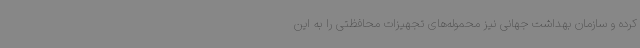
کرده و سازمان بهداشت جهانی نیز محموله‌های تجهیزات محافظتی را به این